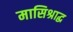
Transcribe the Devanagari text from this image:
मासिश्राद्ध